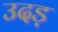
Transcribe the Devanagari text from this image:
उदड़